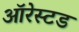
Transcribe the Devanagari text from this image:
ऑरेस्टड